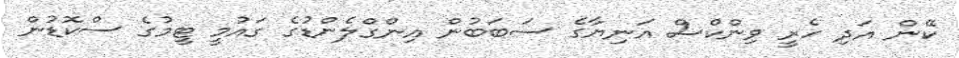
ކޭން އަދި ހެރީ ވިންކްސް އަނިޔާގެ ސަބަބުން އިންގްލެންޑުގެ ގައުމީ ޓީމުގެ ސްކޮޑުން